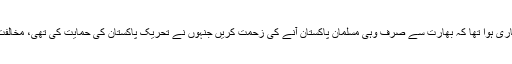
کیا کوئی ایسا حکم بھی جاری ہوا تھا کہ بھارت سے صرف وہی مسلمان پاکستان آنے کی زحمت کریں جنہوں نے تحریک پاکستان کی حمایت کی تھی، مخالفت کرنے والے وہیں رہیں؟